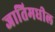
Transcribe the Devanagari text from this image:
जातिमधील